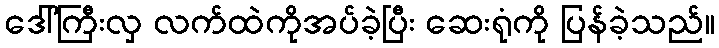
ဒေါ်ကြီးလှ လက်ထဲကိုအပ်ခဲ့ပြီး ဆေးရုံကို ပြန်ခဲ့သည်။